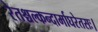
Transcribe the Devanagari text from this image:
रेतश्चल्कन्दार्माघरेतसः।